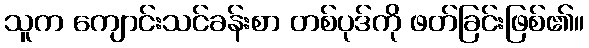
သူက ကျောင်းသင်ခန်းစာ တစ်ပုဒ်ကို ဖတ်ခြင်းဖြစ်၏။